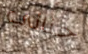
جنائي